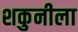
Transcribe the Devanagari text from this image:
शकुनीला